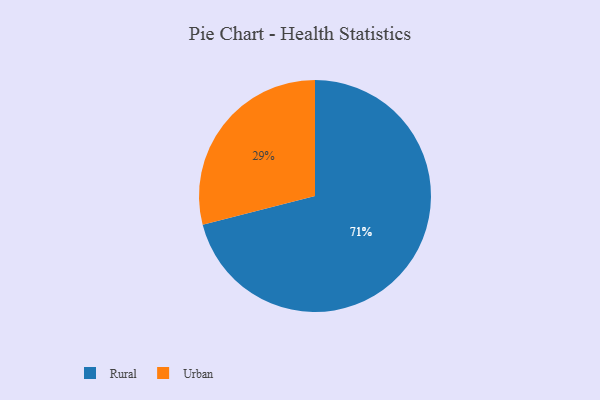
{"axis": {"x": "Category", "y": "Percentage"}, "legend": ["Rural", "Urban"], "data": [{"x": "Rural", "y": 71, "type": "Rural"}, {"x": "Urban", "y": 29, "type": "Urban"}]}